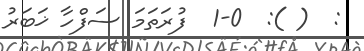
:  ( ):  1-0  ފުރަތަމަ ސަފްހާ ޚަބަރު